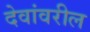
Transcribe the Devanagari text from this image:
देवांवरील